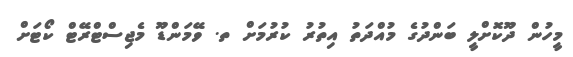
މީހުން ދޫކޮށްލީ ބަންދުގެ މުއްދަތު އިތުރު ކުރުމަށް ތ. ވޭމަންޑޫ މެޖިސްޓްރޭޓް ކޯޓަށް